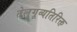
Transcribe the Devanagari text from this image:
तेलुगूव्यतिरिक्त